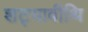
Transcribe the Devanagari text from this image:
शट्यावीथि